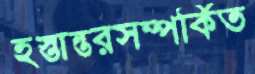
হস্তান্তরসম্পর্কিত